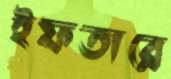
ইফতারে